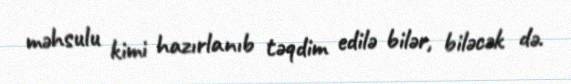
məhsulu kimi hazırlanıb təqdim edilə bilər, biləcək də.